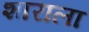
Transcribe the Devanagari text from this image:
शाराला